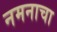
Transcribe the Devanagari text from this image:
नमनाचा